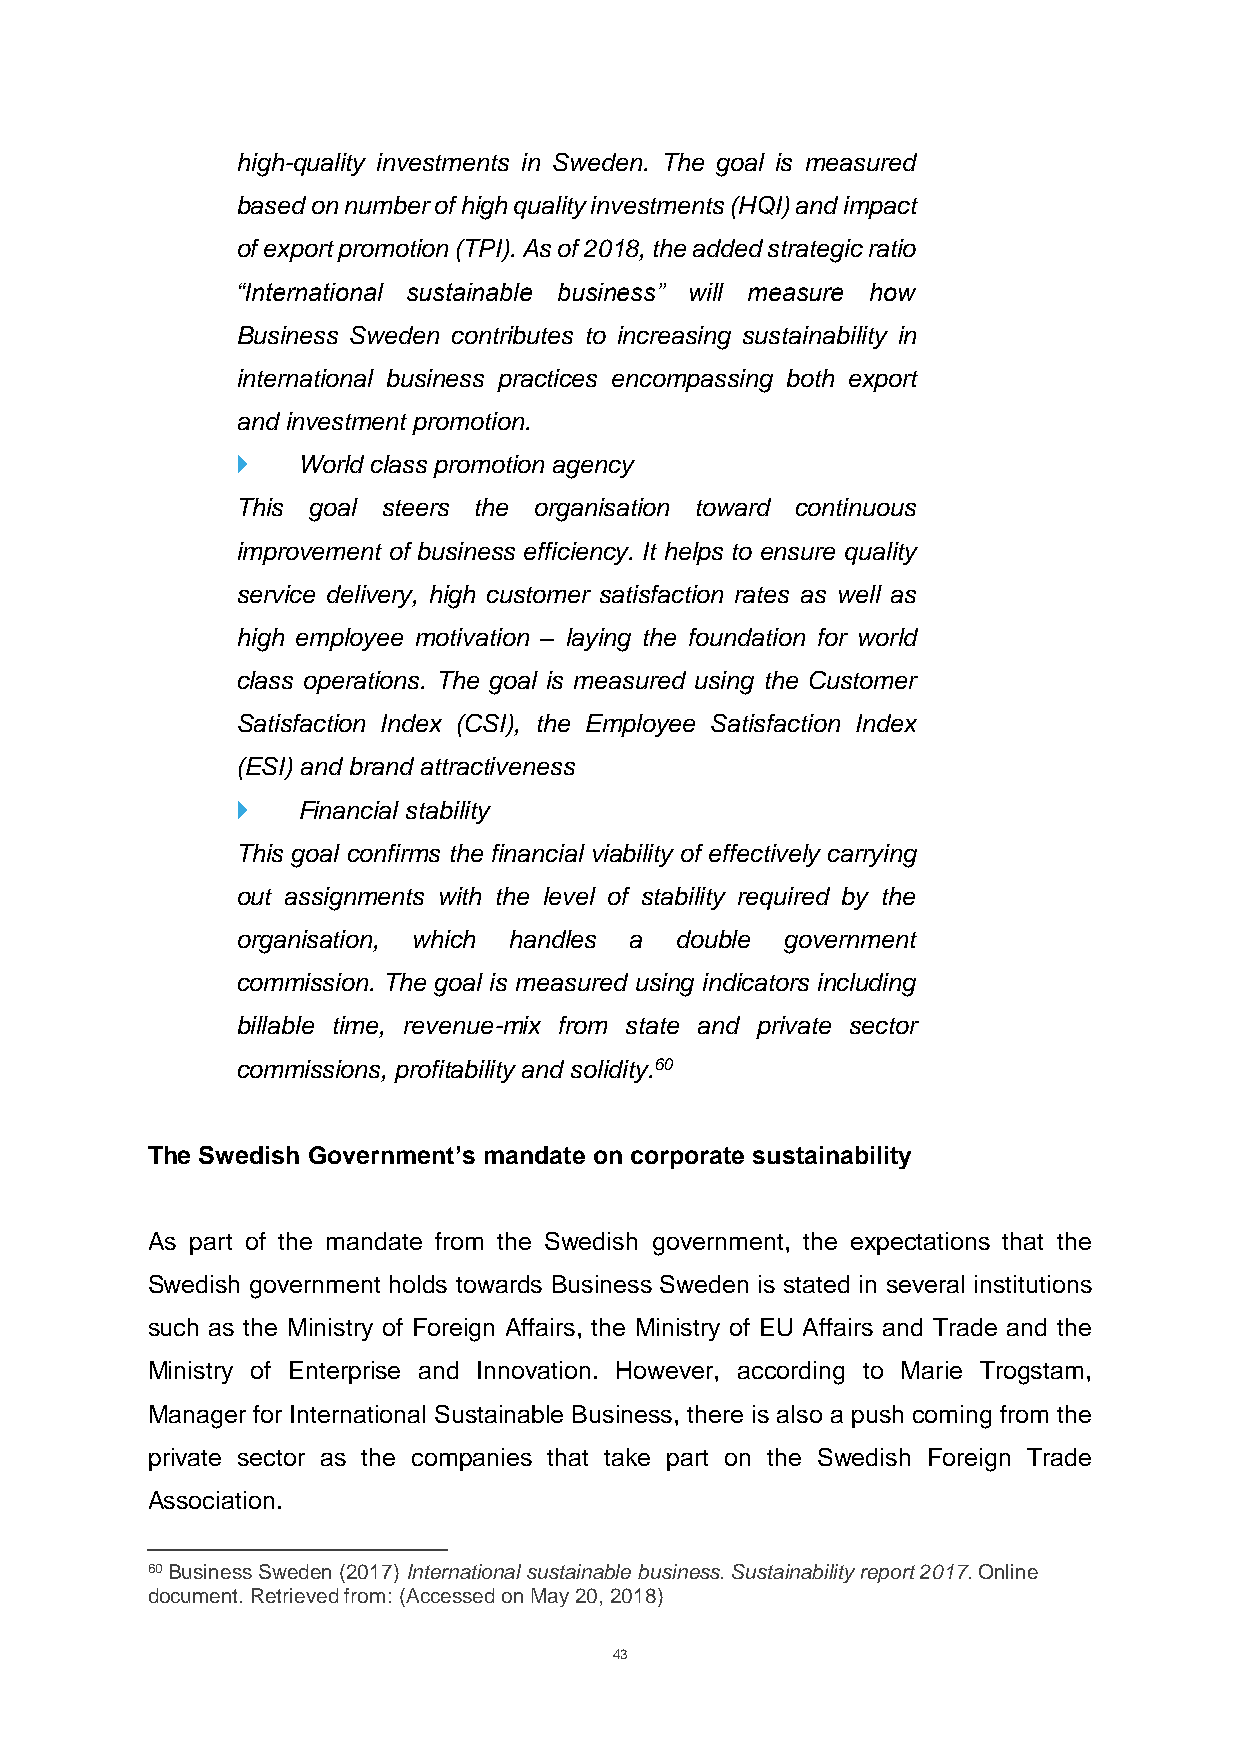
high-quality investments in Sweden. The goal is measured
 based on number of high quality investments (HQI) and impact
 of export promotion (TPI). As of 2018, the added strategic ratio
 “International sustainable business” will measure how
 Business Sweden contributes to increasing sustainability in
 international business practices encompassing both export
 and investment promotion.
    World class promotion agency
 This goal steers the organisation toward continuous
 improvement of business efficiency. It helps to ensure quality
 service delivery, high customer satisfaction rates as well as
 high employee motivation – laying the foundation for world
 class operations. The goal is measured using the Customer
 Satisfaction Index (CSI), the Employee Satisfaction Index
 (ESI) and brand attractiveness
    Financial stability
 This goal confirms the financial viability of effectively carrying
 out assignments with the level of stability required by the
 organisation, which handles a double government
 commission. The goal is measured using indicators including
 billable time, revenue-mix from state and private sector
 commissions, profitability and solidity.60
 The Swedish Government’s mandate on corporate sustainability
 As part of the mandate from the Swedish government, the expectations that the
 Swedish government holds towards Business Sweden is stated in several institutions
 such as the Ministry of Foreign Affairs, the Ministry of EU Affairs and Trade and the
 Ministry of Enterprise and Innovation. However, according to Marie Trogstam,
 Manager for International Sustainable Business, there is also a push coming from the
 private sector as the companies that take part on the Swedish Foreign Trade
 Association.
 60 Business Sweden (2017) International sustainable business. Sustainability report 2017. Online
 document. Retrieved from: (Accessed on May 20, 2018)
 43